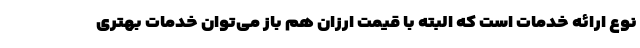
نوع ارائه خدمات است که البته با قیمت ارزان هم باز می‌توان خدمات بهتری